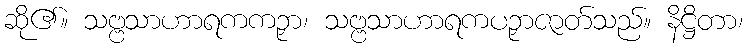
ဆို၏။ သဗ္ဗသာဟာရကကဉှာ၊ သဗ္ဗသာဟာရကပဉှာဇာတ်သည်။ နိဋ္ဌိတာ၊